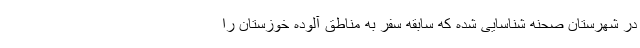
در شهرستان صحنه شناسایی شده که سابقه سفر به مناطق آلوده خوزستان را